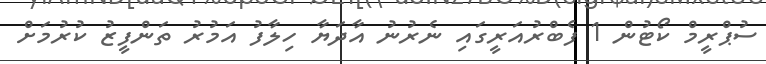
ސުޕްރީމް ކޯޓުން 1 ފެބްރުއަރީގައި ނެރުނު އާދަޔާ ހިލާފު އަމުރު ތަންފީޒު ކުރުމަށް